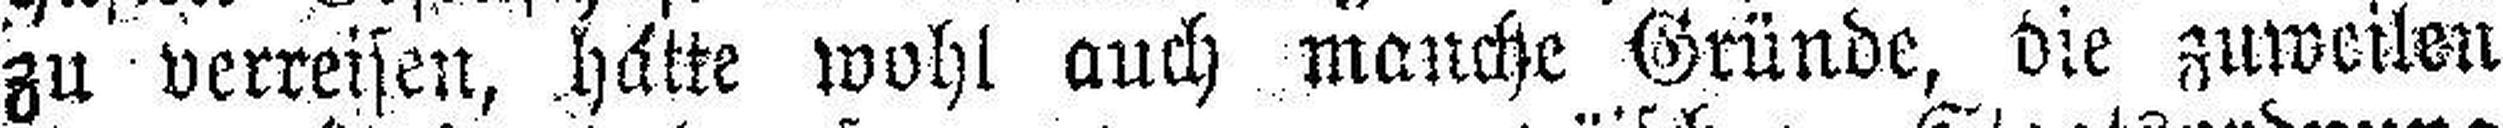
zu verreisen, hatte wohl auch manche Gründe, die zuweilen